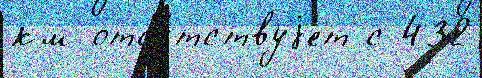
км отсу́тствуjет с 432